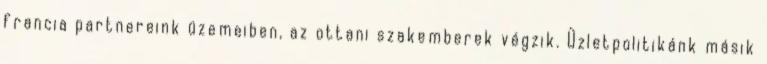
francia partnereink üzemeiben, az ottani szakemberek végzik. Üzletpolitikánk másik